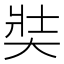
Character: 奘